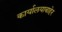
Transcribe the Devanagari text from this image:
कार्यालयाबाहेर